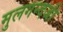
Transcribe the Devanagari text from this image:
मुलगन्दजी